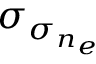
\sigma _ { \sigma _ { n _ { e } } }